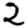
Digit: 2